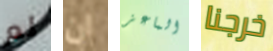
لم ان الماعز خرجنا